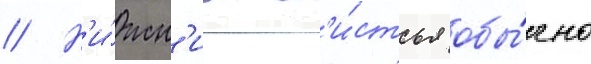
// Н'и́жн'ие л'и́стья обы́чно